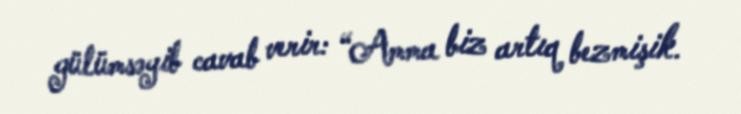
gülümsəyib cavab verir: “Amma biz artıq bezmişik.